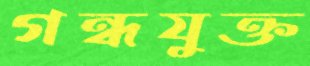
গন্ধযুক্ত